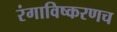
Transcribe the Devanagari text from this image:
रंगाविष्करणच